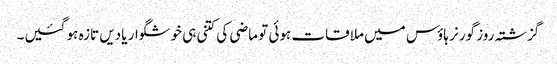
گزشتہ روز گورنر ہاؤس میں ملاقات ہوئی تو ماضی کی کتنی ہی خوشگوار یادیں تازہ ہو گئیں۔